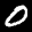
Label: 0